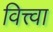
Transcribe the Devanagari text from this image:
वित्त्वा